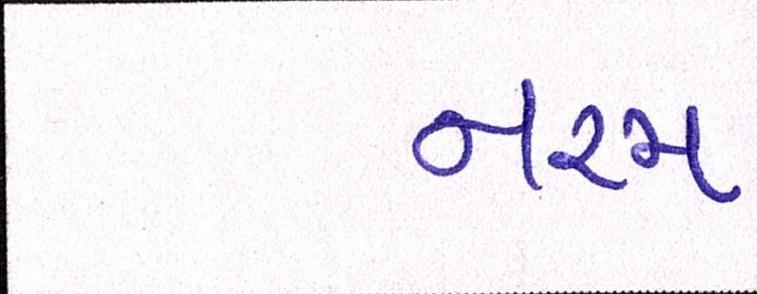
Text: નરમ